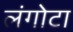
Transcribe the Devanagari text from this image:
लंगोटा